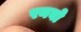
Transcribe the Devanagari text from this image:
रनबो